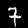
Label: 7